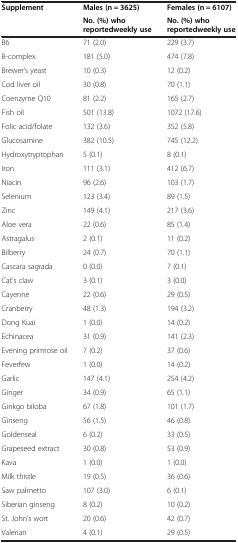
<table><thead><tr><td rowspan="2"><b>Supplement</b></td><td><b>Males (n = 3625)</b></td><td><b>Females (n = 6107)</b></td></tr><tr><td><b>No. (%) who reportedweekly use</b></td><td><b>No. (%) who reportedweekly use</b></td></tr></thead><tbody><tr><td>B6</td><td>71 (2.0)</td><td>229 (3.7)</td></tr><tr><td>B-complex</td><td>181 (5.0)</td><td>474 (7.8)</td></tr><tr><td>Brewer’s yeast</td><td>10 (0.3)</td><td>12 (0.2)</td></tr><tr><td>Cod liver oil</td><td>30 (0.8)</td><td>70 (1.1)</td></tr><tr><td>Coenzyme Q10</td><td>81 (2.2)</td><td>165 (2.7)</td></tr><tr><td>Fish oil</td><td>501 (13.8)</td><td>1072 (17.6)</td></tr><tr><td>Folic acid/folate</td><td>132 (3.6)</td><td>352 (5.8)</td></tr><tr><td>Glucosamine</td><td>382 (10.5)</td><td>745 (12.2)</td></tr><tr><td>Hydroxytryptophan</td><td>5 (0.1)</td><td>8 (0.1)</td></tr><tr><td>Iron</td><td>111 (3.1)</td><td>412 (6.7)</td></tr><tr><td>Niacin</td><td>96 (2.6)</td><td>103 (1.7)</td></tr><tr><td>Selenium</td><td>123 (3.4)</td><td>89 (1.5)</td></tr><tr><td>Zinc</td><td>149 (4.1)</td><td>217 (3.6)</td></tr><tr><td>Aloe vera</td><td>22 (0.6)</td><td>85 (1.4)</td></tr><tr><td>Astragalus</td><td>2 (0.1)</td><td>11 (0.2)</td></tr><tr><td>Bilberry</td><td>24 (0.7)</td><td>70 (1.1)</td></tr><tr><td>Cascara sagrada</td><td>0 (0.0)</td><td>7 (0.1)</td></tr><tr><td>Cat’s claw</td><td>3 (0.1)</td><td>3 (0.0)</td></tr><tr><td>Cayenne</td><td>22 (0.6)</td><td>29 (0.5)</td></tr><tr><td>Cranberry</td><td>48 (1.3)</td><td>194 (3.2)</td></tr><tr><td>Dong Kuai</td><td>1 (0.0)</td><td>14 (0.2)</td></tr><tr><td>Echinacea</td><td>31 (0.9)</td><td>141 (2.3)</td></tr><tr><td>Evening primrose oil</td><td>7 (0.2)</td><td>37 (0.6)</td></tr><tr><td>Feverfew</td><td>1 (0.0)</td><td>14 (0.2)</td></tr><tr><td>Garlic</td><td>147 (4.1)</td><td>254 (4.2)</td></tr><tr><td>Ginger</td><td>34 (0.9)</td><td>65 (1.1)</td></tr><tr><td>Ginkgo biloba</td><td>67 (1.8)</td><td>101 (1.7)</td></tr><tr><td>Ginseng</td><td>56 (1.5)</td><td>46 (0.8)</td></tr><tr><td>Goldenseal</td><td>6 (0.2)</td><td>33 (0.5)</td></tr><tr><td>Grapeseed extract</td><td>30 (0.8)</td><td>53 (0.9)</td></tr><tr><td>Kava</td><td>1 (0.0)</td><td>1 (0.0)</td></tr><tr><td>Milk thistle</td><td>19 (0.5)</td><td>36 (0.6)</td></tr><tr><td>Saw palmetto</td><td>107 (3.0)</td><td>6 (0.1)</td></tr><tr><td>Siberian ginseng</td><td>8 (0.2)</td><td>10 (0.2)</td></tr><tr><td>St. John’s wort</td><td>20 (0.6)</td><td>42 (0.7)</td></tr><tr><td>Valerian</td><td>4 (0.1)</td><td>29 (0.5)</td></tr></tbody></table>